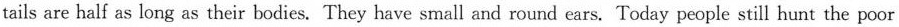
tails are half as long as their bodies. They have small and round ears. Today people still hant the poor